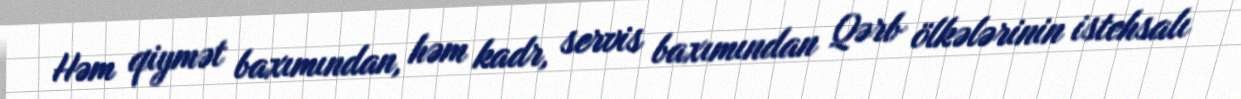
Həm qiymət baxımından, həm kadr, servis baxımından Qərb ölkələrinin istehsalı